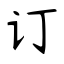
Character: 订